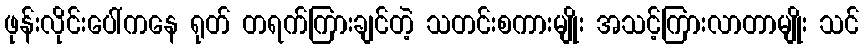
ဖုန်းလိုင်းပေါ်ကနေ ရုတ် တရက်ကြားချင်တဲ့ သတင်းစကားမျိုး အသင့်ကြားလာတာမျိုး သင်